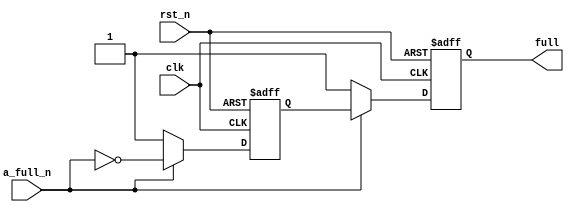
`timescale 1ns / 1ps
//////////////////////////////////////////////////////////////////////////////////
// Company: 
// 
// Design Name: Full Flag Logic
// Module Name: Flag_Full
// Project Name: 
// Target Devices: 
// Tool Versions: Vivado 2021.2
// Description: 
// 
// Dependencies: 
// 
// Revision:
// Revision 0.01 - File Created
// Additional Comments:
// 
//////////////////////////////////////////////////////////////////////////////////


module Flag_Full(
    full,
    clk,
    rst_n,
    a_full_n
    );
    
    output reg full;
    input clk;
    input rst_n;
    input a_full_n;
    
    reg full_tmp;
    
    always@(posedge clk, negedge rst_n)
    begin
        if(!rst_n)
        begin
            full <= 1'b0;
            full_tmp <= 1'b0;
        end
        
        else if(!a_full_n)
        begin
            full <= 1'b1;
            full_tmp <= 1'b1;
        end
        
        else
        begin
            full <= full_tmp;
            full_tmp <= ~a_full_n;
        end
    end
endmodule